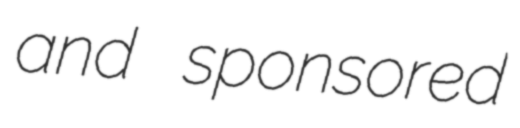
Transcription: and sponsored